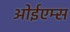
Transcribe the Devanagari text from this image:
ओईएम्स